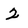
Character: 2